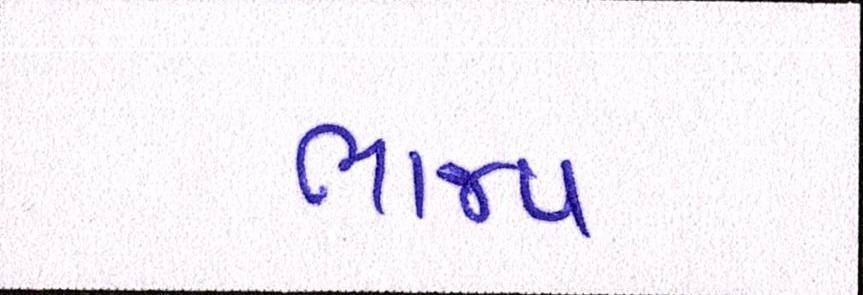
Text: ભાજપ